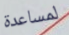
لمساعدة